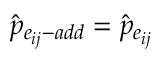
\hat { p } _ { e _ { i j } - a d d } = \hat { p } _ { e _ { i j } }